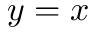
y = x